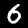
Label: 6